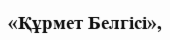
«Құрмет Белгісі»,